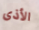
الأذى